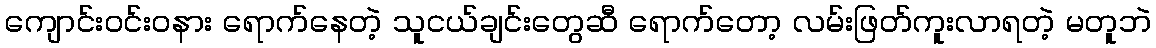
ကျောင်းဝင်းဝနား ရောက်နေတဲ့ သူငယ်ချင်းတွေဆီ ရောက်တော့ လမ်းဖြတ်ကူးလာရတဲ့ မတူဘဲ